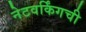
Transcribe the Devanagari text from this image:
नेटवर्किंगची